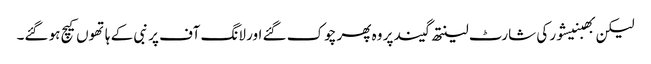
لیکن بھبنیشور کی شارٹ لینتھ گیند پر وہ پھر چوک گئے اور لانگ آف پر نبی کے ہاتھوں کیچ ہو گئے۔